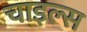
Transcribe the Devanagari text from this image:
चाइल्स